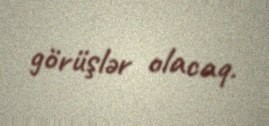
görüşlər olacaq.